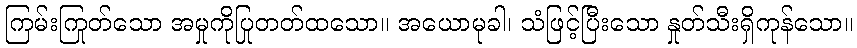
ကြမ်းကြုတ်သော အမှုကိုပြုတတ်ထသော။ အယောမုခါ၊ သံဖြင့်ပြီးသော နှုတ်သီးရှိကုန်သော။